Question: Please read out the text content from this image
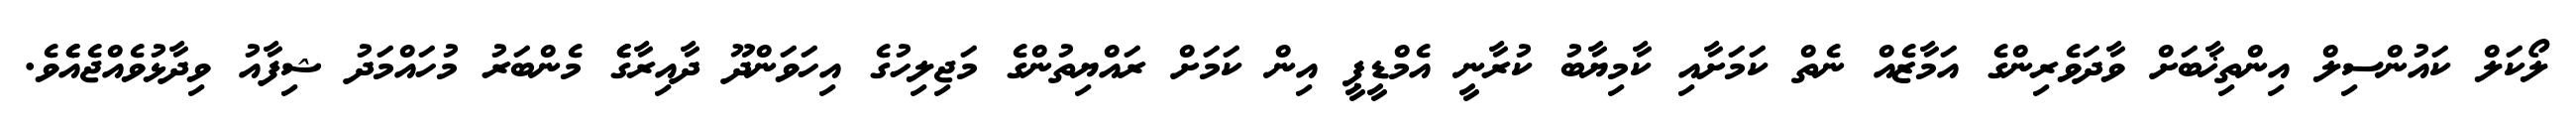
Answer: ލޯކަލް ކައުންސިލް އިންތިޚާބަށް ވާދަވެރިންގެ އަމާޒެއް ނެތް ކަމަށާއި ކާމިޔާބު ކުރާނީ އެމްޑީޕީ އިން ކަމަށް ރައްޔިތުންގެ މަޖިލިހުގެ އިހަވަންދޫ ދާއިރާގެެ މެންބަރު މުހައްމަދު ޝިފާއު ވިދާޅުވެއްޖެއެެވެ.